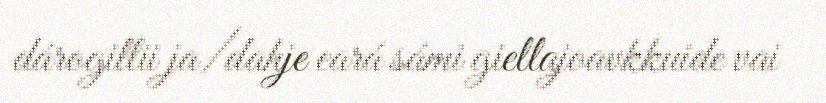
dárogillii ja/dahje eará sámi giellajoavkkuide vai